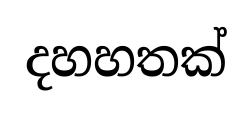
දහහතක්